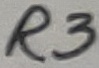
Text: R3